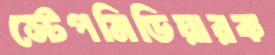
স্টেপমিডিয়ারক